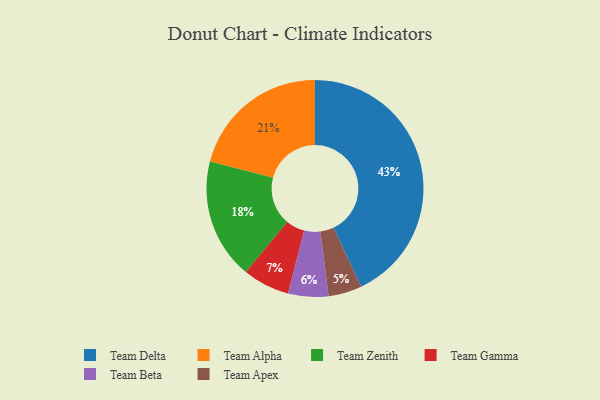
{"axis": {"x": "Category", "y": "Percentage"}, "legend": ["Team Alpha", "Team Apex", "Team Beta", "Team Delta", "Team Gamma", "Team Zenith"], "data": [{"x": "Team Apex", "y": 5, "type": "Team Apex"}, {"x": "Team Zenith", "y": 18, "type": "Team Zenith"}, {"x": "Team Alpha", "y": 21, "type": "Team Alpha"}, {"x": "Team Delta", "y": 43, "type": "Team Delta"}, {"x": "Team Gamma", "y": 7, "type": "Team Gamma"}, {"x": "Team Beta", "y": 6, "type": "Team Beta"}]}